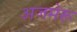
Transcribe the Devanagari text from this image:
अजमेरू